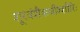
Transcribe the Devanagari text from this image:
शूरवंशैकधीश्शौरिः